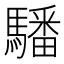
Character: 䮳